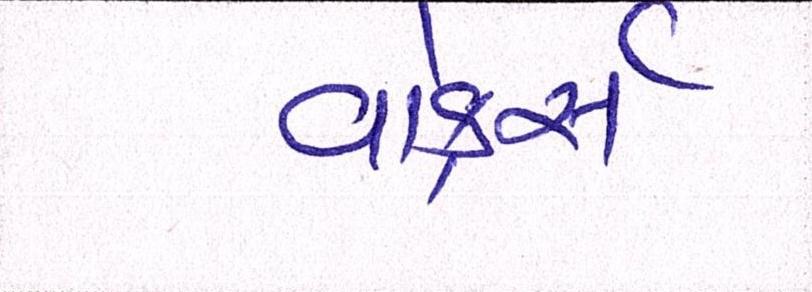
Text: વોકર્સ